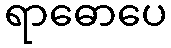
ရာဓောပေ